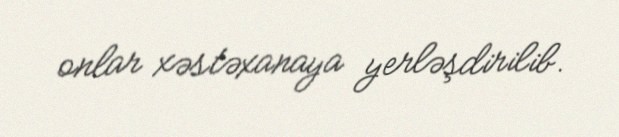
onlar xəstəxanaya yerləşdirilib.